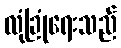
လုံခြုံရေးသည်